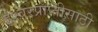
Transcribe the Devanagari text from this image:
ईश्वरप्राप्‍तीसाठी